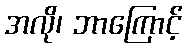
အလို၊ ဘာကြောင့်